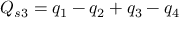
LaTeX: Q _ { s 3 } = q _ { 1 } - q _ { 2 } + q _ { 3 } - q _ { 4 }